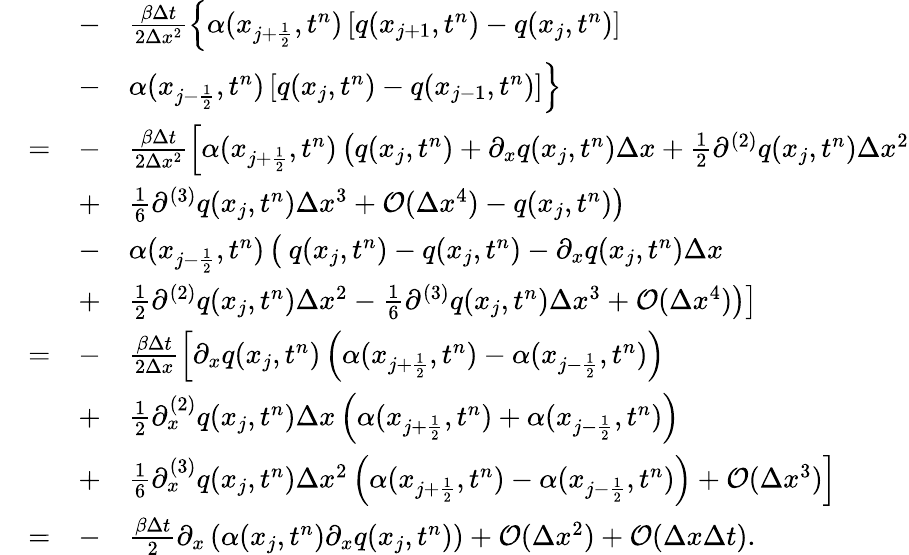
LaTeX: \begin{array}{rlrl}&{}&{-}&{\frac{\beta\Delta t}{2\Delta x^{2}}\left\lbrace\alpha(x_{j+\frac{1}{2}},t^{n})\left[q(x_{j+1},t^{n})-q(x_{j},t^{n})\right]\right.}\\ &{}&{-}&{\left.\alpha(x_{j-\frac{1}{2}},t^{n})\left[q(x_{j},t^{n})-q(x_{j-1},t^{n})\right]\right\rbrace}\\ &{=}&{-}&{\frac{\beta\Delta t}{2\Delta x^{2}}\left[\alpha(x_{j+\frac{1}{2}},t^{n})\left(q(x_{j},t^{n})+\partial_{x}q(x_{j},t^{n})\Delta x+\frac{1}{2}\partial^{(2)}q(x_{j},t^{n})\Delta x^{2}\right.\right.}\\ &{}&{+}&{\left.\left.\frac{1}{6}\partial^{(3)}q(x_{j},t^{n})\Delta x^{3}+\mathcal{O}(\Delta x^{4})-q(x_{j},t^{n})\right)\right.}\\ &{}&{-}&{\left.\alpha(x_{j-\frac{1}{2}},t^{n})\left(\phantom{\frac{b}{b}}\! \! \! q(x_{j},t^{n})-q(x_{j},t^{n})-\partial_{x}q(x_{j},t^{n})\Delta x\right.\right.}\\ &{}&{+}&{\left.\left.\frac{1}{2}\partial^{(2)}q(x_{j},t^{n})\Delta x^{2}-\frac{1}{6}\partial^{(3)}q(x_{j},t^{n})\Delta x^{3}+\mathcal{O}(\Delta x^{4})\right)\right]}\\ &{=}&{-}&{\frac{\beta\Delta t}{2\Delta x}\left[\partial_{x}q(x_{j},t^{n})\left(\alpha(x_{j+\frac{1}{2}},t^{n})-\alpha(x_{j-\frac{1}{2}},t^{n})\right)\right.}\\ &{}&{+}&{\left.\frac{1}{2}\partial_{x}^{(2)}q(x_{j},t^{n})\Delta x\left(\alpha(x_{j+\frac{1}{2}},t^{n})+\alpha(x_{j-\frac{1}{2}},t^{n})\right)\right.}\\ &{}&{+}&{\left.\frac{1}{6}\partial_{x}^{(3)}q(x_{j},t^{n})\Delta x^{2}\left(\alpha(x_{j+\frac{1}{2}},t^{n})-\alpha(x_{j-\frac{1}{2}},t^{n})\right)+\mathcal{O}(\Delta x^{3})\right]}\\ &{=}&{-}&{\frac{\beta\Delta t}{2}\partial_{x}\left(\alpha(x_{j},t^{n})\partial_{x}q(x_{j},t^{n})\right)+\mathcal{O}(\Delta x^{2})+\mathcal{O}(\Delta x\Delta t).}\end{array}